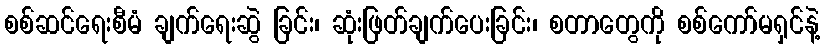
စစ်ဆင်ရေးစီမံ ချက်ရေးဆွဲ ခြင်း၊ ဆုံးဖြတ်ချက်ပေးခြင်း၊ စတာတွေကို စစ်ကော်မရှင်နဲ့